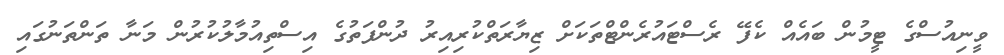
ވީނިއުސްގެ ޓީމުން ބައެއް ކެފޭ ރެސްޓައުރެންޓްތަކަށް ޒިޔާރަތްކުރިއިރު ދުންފަތުގެ އިސްތިއުމާލުކުރުން މަނާ ތަންތަނުގައި